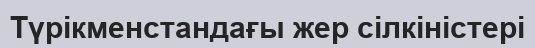
Түрікменстандағы жер сілкіністері